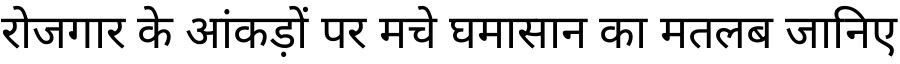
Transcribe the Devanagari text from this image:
रोजगार के आंकड़ों पर मचे घमासान का मतलब जानिए